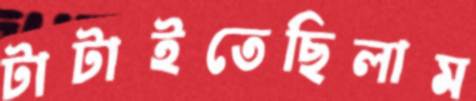
টাটাইতেছিলাম